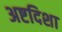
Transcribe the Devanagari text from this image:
अष्टदिशा